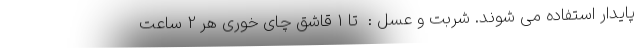
پایدار استفاده می شوند. شربت و عسل :  تا 1 قاشق چای خوری هر 2 ساعت